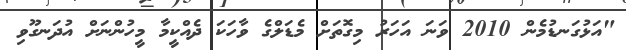
"އަޅުގަނޑުމެން 2010 ވަނަ އަހަރު މިގޮތަށް މެޑަލްގެ ވާހަކަ ދެއްކީމާ މީހުންނަށް އުދަނގޫވި